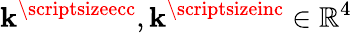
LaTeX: \boldsymbol{\mathbf{k}}^{\textnormal{\scriptsizeecc}},\boldsymbol{\mathbf{k}}^{\textnormal{\scriptsizeinc}}\in\mathbb{{R}}^{4}